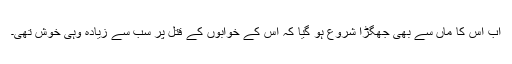
اب اس کا ماں سے بھی جھگڑا شروع ہو گیا کہ اس کے خوابوں کے قتل پر سب سے زیادہ وہی خوش تھی۔